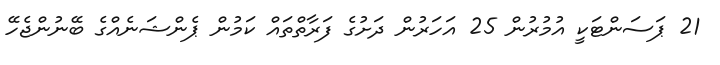
21 ޕަސަންޓަކީ އުމުރުން 25 އަހަރުން ދަށުގެ ފަރާތްތައް ކަމުން ޕެންޝަނެއްގެ ބޭނުންޖެހޭ